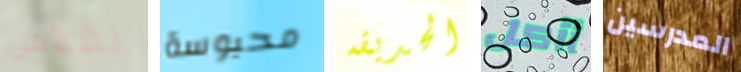
لقياس محبوسة الحديقه أأكل المدرسين